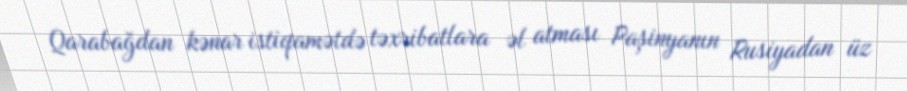
Qarabağdan kənar istiqamətdə təxribatlara əl atması Paşinyanın Rusiyadan üz